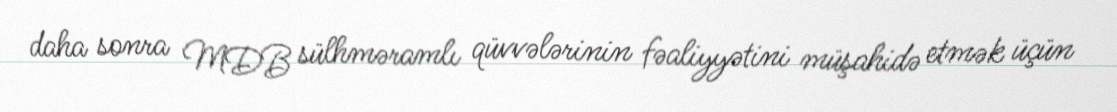
daha sonra MDB sülhməramlı qüvvələrinin fəaliyyətini müşahidə etmək üçün